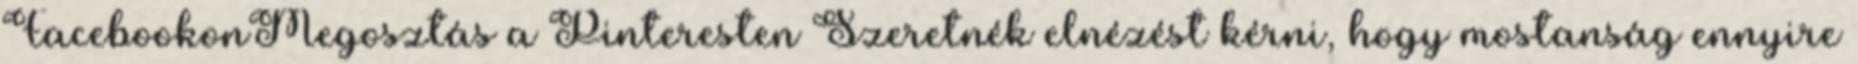
FacebookonMegosztás a Pinteresten Szeretnék elnézést kérni, hogy mostanság ennyire